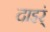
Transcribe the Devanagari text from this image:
दाइर्ं